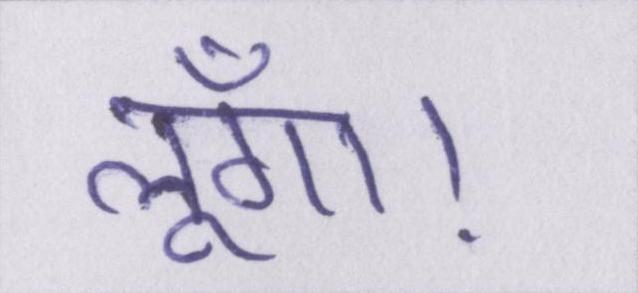
लूँगा।